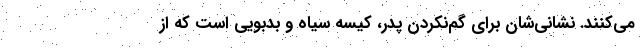
می‌کنند. نشانی‌شان برای گم‌نکردن پدر، کیسه سیاه و بدبویی است که از